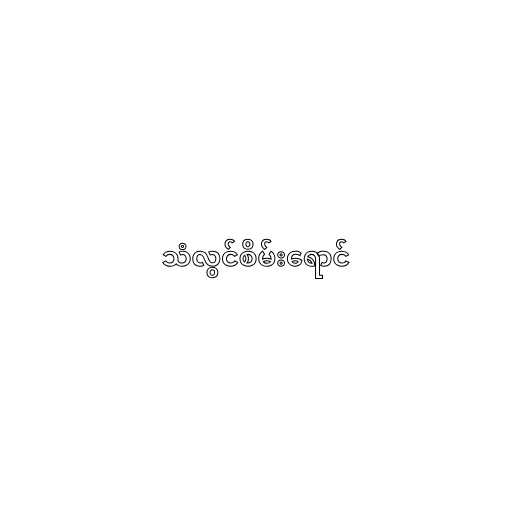
သံလွင်စိမ်းရောင်